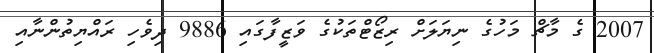
2007 ގެ މާޗް މަހުގެ ނިޔަލަށް ރިޒޯޓްތަކުގެ ވަޒީފާގައި 9886 ދިވެހި ރައްޔިތުންނާއި